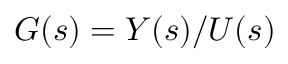
G ( s ) = Y ( s ) / U ( s )